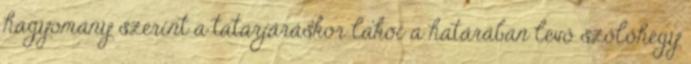
hagyomány szerint a tatárjáráskor lakói a határában levő szőlőhegy